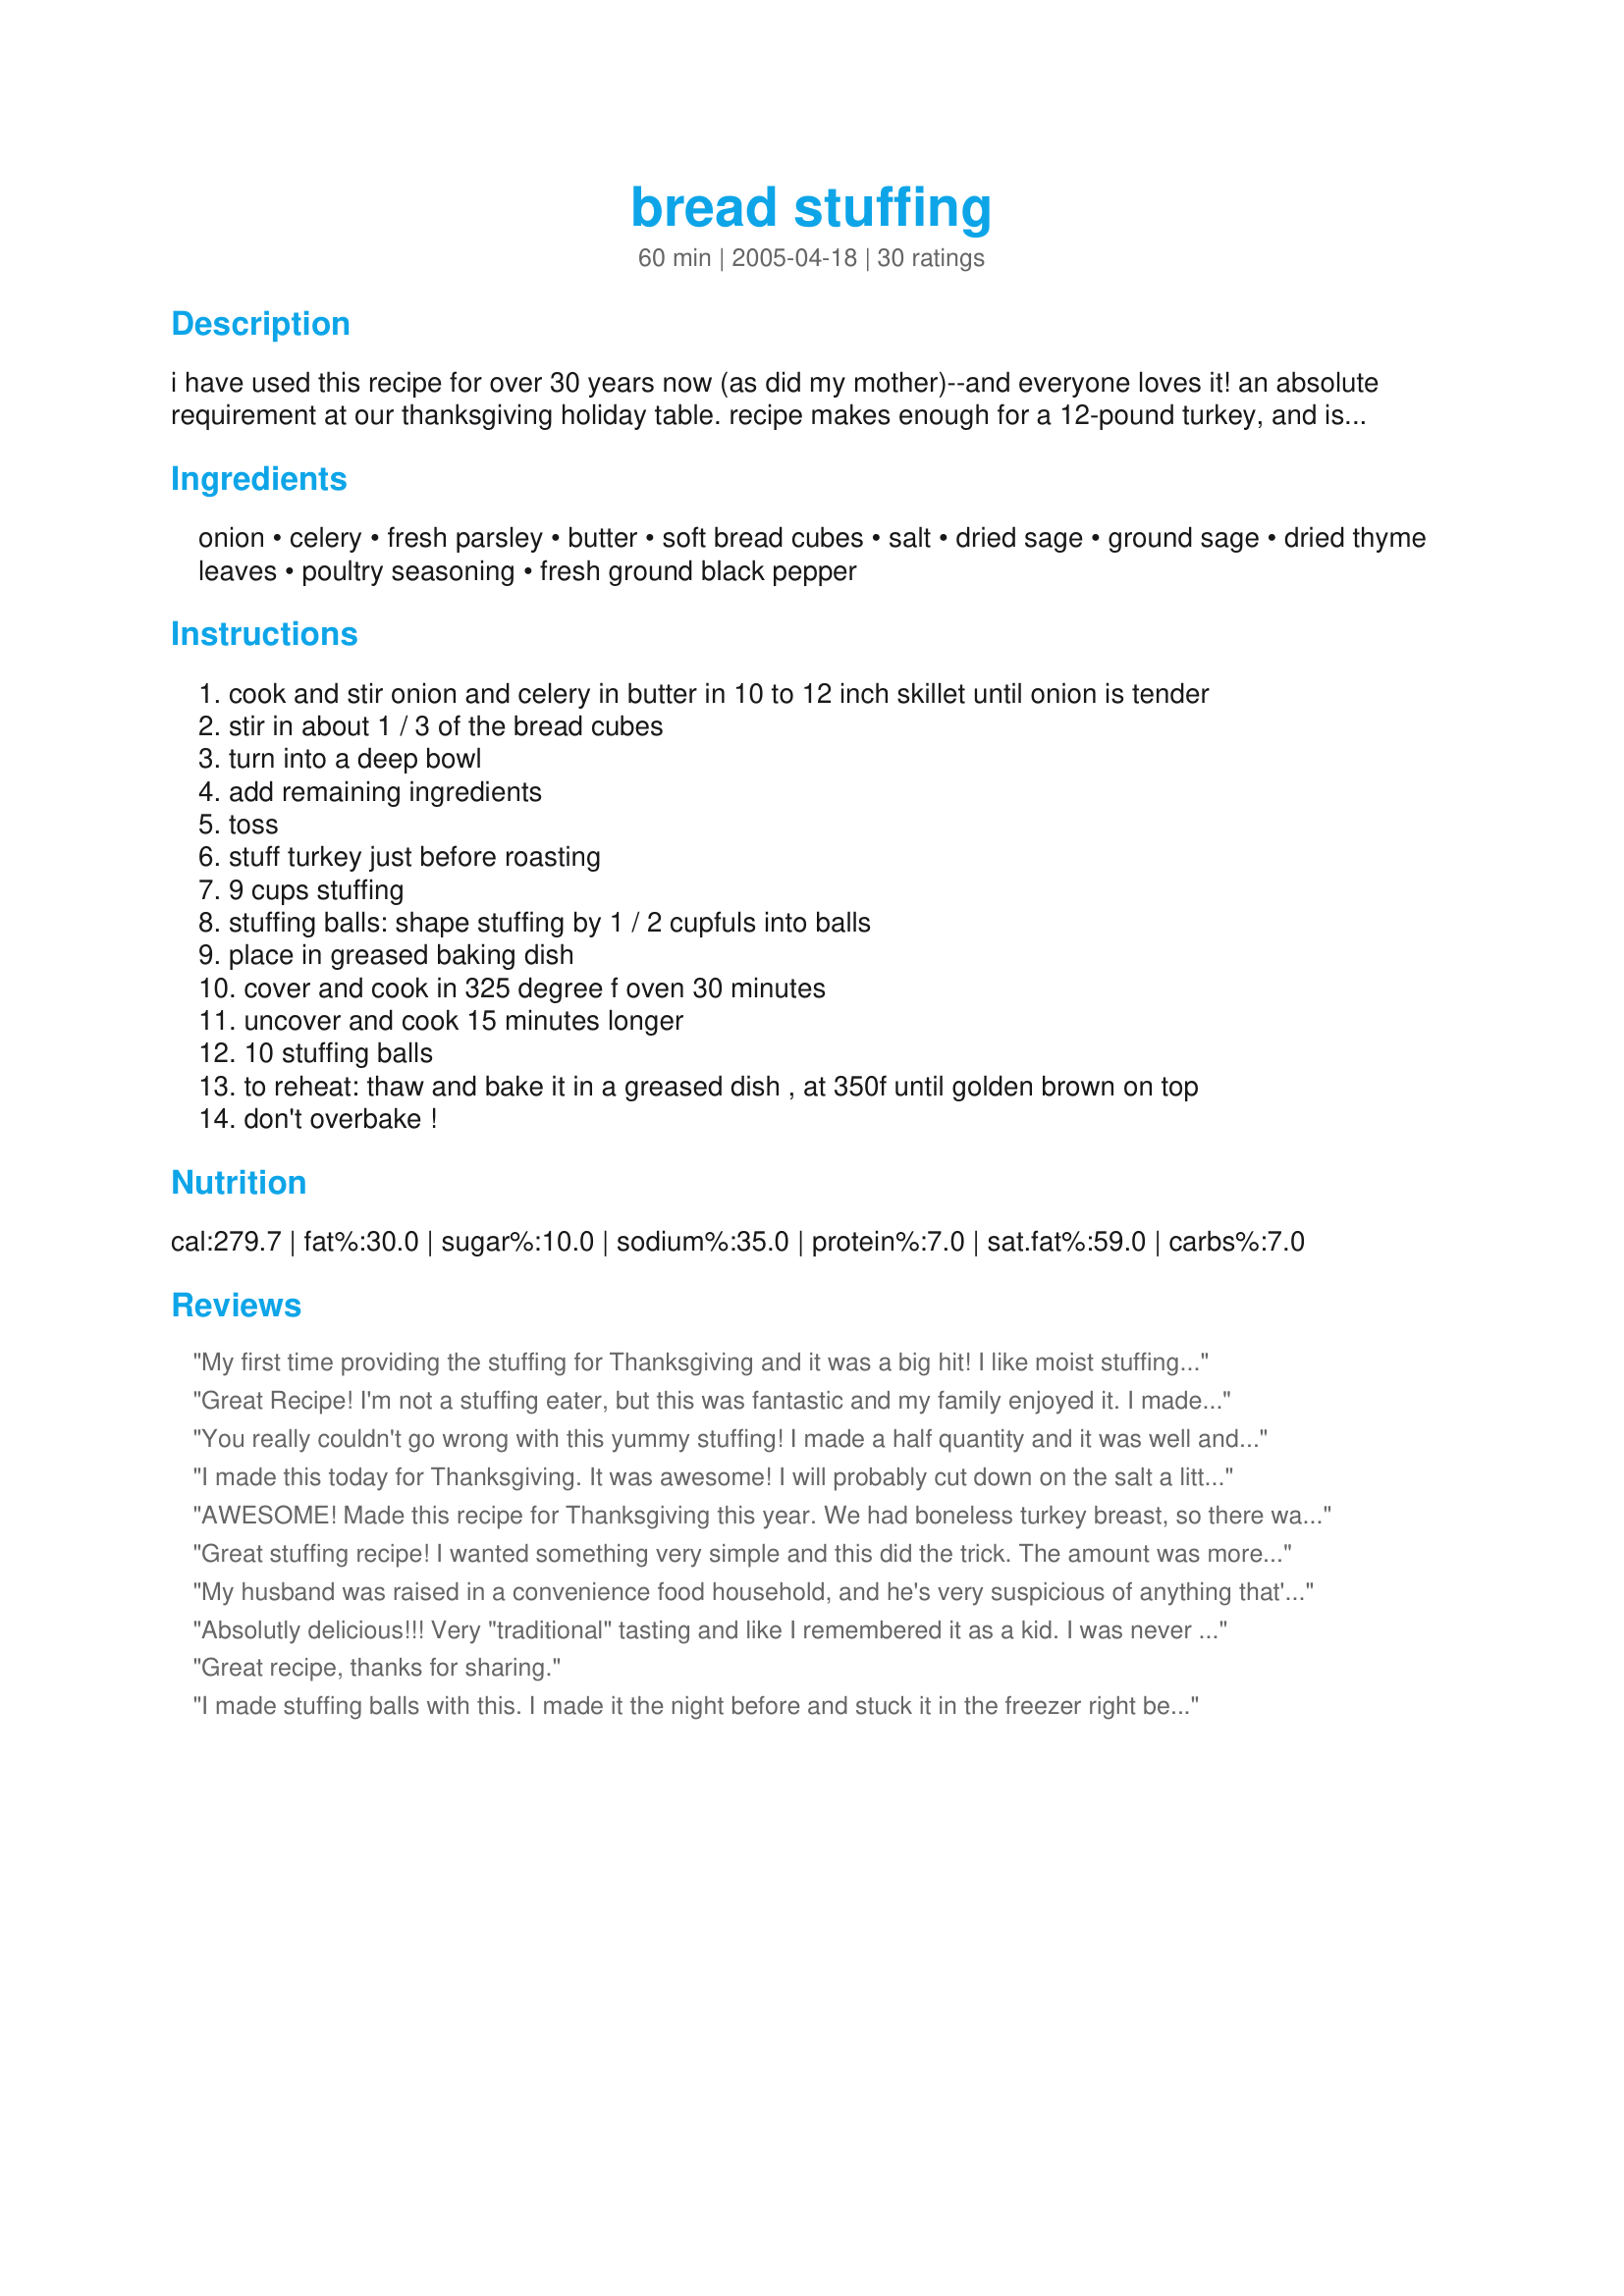
bread stuffing
Preparation time: 60 minutes

i have used this recipe for over 30 years now (as did my mother)--and everyone loves it! an absolute requirement at our thanksgiving holiday table. recipe makes enough for a 12-pound turkey, and is easily doubled. i have included the optional technique for making stuffing balls. enjoy! adapted from betty crocker. note: see tip for freezing.

Ingredients:
onion, celery, fresh parsley, butter, soft bread cubes, salt, dried sage, ground sage, dried thyme leaves, poultry seasoning, fresh ground black pepper

Steps:
cook and stir onion and celery in butter in 10 to 12 inch skillet until onion is tender
stir in about 1 / 3 of the bread cubes
turn into a deep bowl
add remaining ingredients
toss
stuff turkey just before roasting
9 cups stuffing
stuffing balls: shape stuffing by 1 / 2 cupfuls into balls
place in greased baking dish
cover and cook in 325 degree f oven 30 minutes
uncover and cook 15 minutes longer
10 stuffing balls
to reheat: thaw and bake it in a greased dish , at 350f until golden brown on top
don't overbake !

Reviews:
My first time providing the stuffing for Thanksgiving and it was a big hit! I like moist stuffing and added some chicken broth to the mix, and baked in a crock pot. I'll use this recipe often!
Great Recipe! I'm not a stuffing eater, but this was fantastic and my family enjoyed it. I made the "stuffing balls" and changed the serving to 4. They turned out perfect and there were no leftovers! Thanks for a great recipe!
You really couldn't go wrong with this yummy stuffing! I made a half quantity and it was well and truly enough to stuff three 1.8kg chickens. Left out the celery as I'm not a fan, but upped the onion a bit. I made the stuffing a couple of days before needing it and it kept perfectly in the fridge. Thanks for posting such an excellent recipe!
I made this today for Thanksgiving. It was awesome! I will probably cut down on the salt a little next time though as I thought it was a little salty. Nothing that couldn't be fixed. :) I followed someone else's advise as well and added a cup of chicken stock. My family loved it! It was so easy to make. I didn't have dried sage - and the store didn't carry it. So - I used additional ground sage and it worked fine. Thank you so much for a keeper!
AWESOME! Made this recipe for Thanksgiving this year. We had boneless turkey breast, so there was no cavity to stuff. We made the "stuffing balls" version and they were a huge hit. As per a different review, we added 1 cup chicken broth, and consistency was great for forming balls. However, this ELIMINATES the need for salt! Instead of 2 tsps, maybe use 1/2 tsp. You'll thank us! Delicious recipe.
Great stuffing recipe! I wanted something very simple and this did the trick. The amount was more than enough our 6kg bird -- I had enough to make 6 stuffing balls for baking on their own as well as filling the turkey. By the way, 9 cups of stuffing worked out to nearly 1 loaf of bread. I think we had about 5 slices left over.
My husband was raised in a convenience food household, and he's very suspicious of anything that's made from scratch. "Wait...you're putting celery in there? And onions? Won't it taste weird? Why didn't you just use the boxed stuff?"<br/><br/>I made a double batch for Thanksgiving, and when my husband first tasted this, he was shocked. This stuff is absolutely delicious! He even told me that it was "way better than the stuff from a box." which is high praise from him. <br/><br/>I didn't have quite enough butter, so I substituted a little bit of chicken broth for an equal amount of butter. It didn't seem to affect the recipe negatively at all. The butter really makes this recipe, I think. <br/><br/>Thank you for such a delicious recipe!
Absolutly delicious!!! Very "traditional" tasting and like I remembered it as a kid. I was never able to duplicate the taste of my Mom's stuffing and I was so happy to have found this recipe!!! I used fresh bread and wouldn't recommend using dried bread cubes. Although easier to use, the flavor is just not the same. This was very easy to make and smelled wonderful!! My family likes their stuffing on the moist side so I added a splash of organic chicken broth. The addition of the broth made it a tad salty so I would decrease the salt by 1 tsp. the next time. I didn't have dried sage so I just used more ground sage. Otherwise, don't change a thing about this recipe!! I chopped up an apple and cooked it along with the onions and celery. Thanks for sharing your recipe!!! I won't use another again.
Great recipe, thanks for sharing.
I made stuffing balls with this. I made it the night before and stuck it in the freezer right before cooking. They came out wonderfully. I've never done home made stuffing and I was shocked how easy this was. I did use the 1/2 stock adaptation and took out celery (allergic) but bumped up the onions a tad. I also didn't have dried sage, so added an extra pinch of rubbed. I got tons of compliments!
I tried this for Thanksgiving. It was great,very moist and very tasty!!I did add 1 can of chicken broth to it and let the bread soak it up before I stuffed my turkey! YUMMY!!!!
The flavor was sooo soo good! Since we didn't stuff this in the bird I added about a cup of broth. I am very glad I did otherwise I think it would have been pretty dry. Thank you!
This is great stuffing! I did double the recipe as my bird was 21 and a half pounds. I used half bread and half cornbread and it was enjoyed by all very much! Thanks BecR....
I cut the salt in half, and used some cornbread along with the regular bread cubes. I also skipped the parsley, didn&#039;t have any on hand. I added a little chicken stock as well. Very good!
My husband loves this stuffing. Its really great because you can add anything you like to change it for different occasions. It is great with mushrooms (our favorite). I make it often with chicken. Don't let the long list of ingriedients fool you, its very simple, and you will impress your friends and family with homemade stuffing! Thanks for posting!
Well done this was great!!!
Yummy. A keeper for family holidays..Thank you.
WilChef.
I added some chopped up giblets to ours and a splash or two of chicken broth. Really flavorful stuffing thank you for sharing with us.
This recipe is sooo good, my family raved and raved how good my dressing was and I have been cooking for over 50 years. It was by far the best recipe I have ever had!!! Thank you so very much for sharing this.
Great recipe! Made this into balls and served with a bowl of beef tomatoe noodle soup recipe#220075. Can't underestimate how much flavor for how little effort.
I stuffed a whole turkey breast with this stuffing and it was gone by the time the meal was over! We enjoyed it so much. I did add some boiled ground sausage in it and added some of the water from the boiled sausage along with some crackers into the stuffing. Dee-Lish!
This is the best stuffing. My mom used to make it the same every year and so do I. I am happy others like it too.
I had to make stuffing (out of the bird) for Thanksgiving so I thought I would try this one. Well let me say this is the best I ever had. I have now made this several more times since and just love it. I have followed the recipe each time but I think next time I will try reducing the butter some and add chicken broth to make it healthier. Thanks so much for a great dish.
We liked this a lot. This is the first time I've made stuffing outside of a turkey, it was easy and tasted good. I believe though that my preference is still making it inside the turkey.<br/>Thank you for posting this recipe.
Love this recipe. Always a family favorite
Great stuffing! The flavor was wonderful, simple and classic. I made this ahead of time and found it needed a little extra moisture so I added some chicken broth near the end of baking. Otherwise fantastic!
This is amazing!! I&#039;m surprised there was any left to use as stuffing as I kept picking at it! Love the seasoning and the flavours, it was just divine!
This recipe is amazing. Thank you for sharing. This will be going under my favorites .
Ok I never have left a review and I cool/bake all the time. This was only my second time making stuffing from scratch and I chose this recipe because it sounded simple and traditional. I made it for our early family thanksgiving and everyone raved about it!! I&#039;m only 15 and made this and got so many compliments! Even grandma said this was the best she has ever had. The only difference I made was using only 1 tsp of ground sage instead of the two different kinds. Also, I added a little chicken stock and juice from the turkey to keep it moist! Thank you so much...I will make this all the time now :)
You just can't go wrong with this recipe. It's perfect! I doubled it and it stuffed a 20 pound turkey perfectly. It's absolutely the best stuffing. Sometimes I use the full amount of butter and other times I do have chicken broth/half butter for the liquid. We like it both ways! Delicious!
